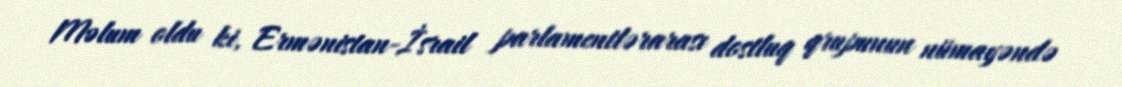
Məlum oldu ki, Ermənistan-İsrail parlamentlərarası dostluq qrupunun nümayəndə